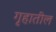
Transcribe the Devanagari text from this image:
गृहातील